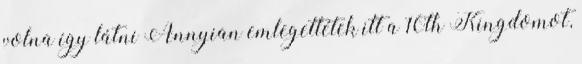
volna így látni Annyian emlegettétek itt a 10th Kingdomot,